Vaccination Hyderabad 1890-1903 - 1890-1903
Year: 1890
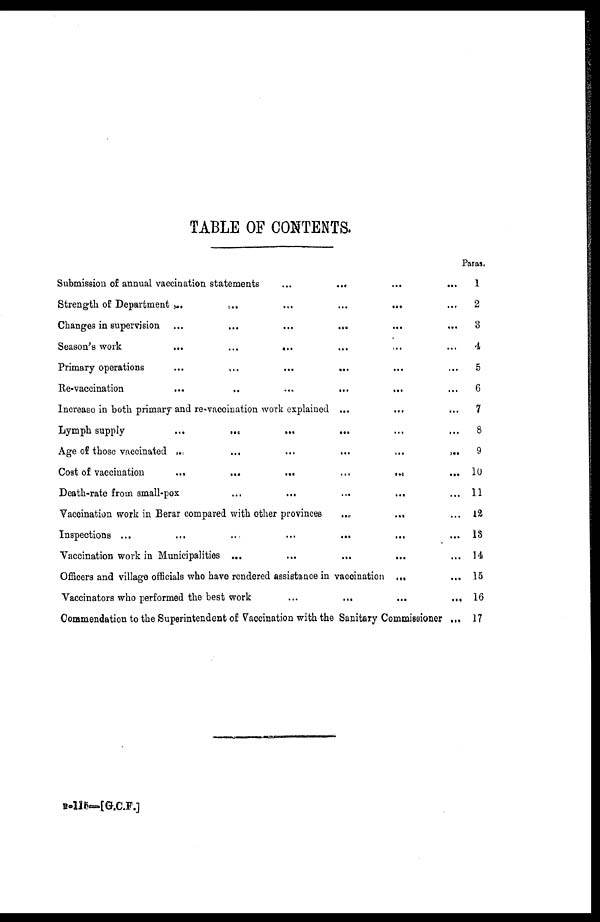
TABLE OF CONTENTS.
Submission of annual vaccination statements ... ... ... ...
Strength of Department
...
...
...
...
...
...
Changes in supervision
...
...
...
...
...
...
Season's work
...
...
...
...
...
...
Primary operations
...
...
...
...
...
...
Re-vaccination
...
...
...
...
...
...
Increase in both primary and re-vaccination work explained ... ... ...
Lymph supply
...
...
...
...
...
...
Age of those vaccinated
...
...
...
...
...
...
Cost of vaccination
...
...
...
...
...
...
Death-rate from small-pox ... ... ... ... ...
Vaccination work in Berar compared with other provinces ... ... ...
Inspections
...
...
...
...
...
...
...
Vaccination work in Municipalities
...
...
...
...
...
Officers and village officials who have rendered assistance in vaccination ... ...
Vaccinators who performed the best work
...
...
...
...
Commendation to the Superintendent of Vaccination with the Sanitary Commissioner ...
Paras.
1
2
3
4
5
6
7
8
9
10
11
12
13
14
15
16
17
B-115—[G.C.F.]